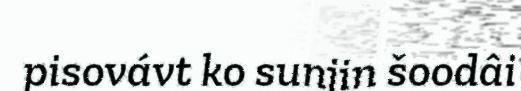
pisovávt ko sunjin šoodâi